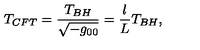
T _ { C F T } = \frac { T _ { B H } } { \sqrt { - g _ { 0 0 } } } = \frac { l } { L } T _ { B H } ,